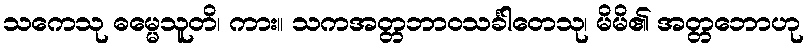
သကေသု ဓမ္မေသူတိ၊ ကား။ သကအတ္တဘာဝသင်္ခါတေသု၊ မိမိ၏ အတ္တဘောဟု